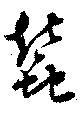
蠶